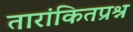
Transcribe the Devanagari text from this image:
तारांकितप्रश्न